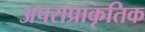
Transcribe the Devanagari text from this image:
अपराप्राकृतिक